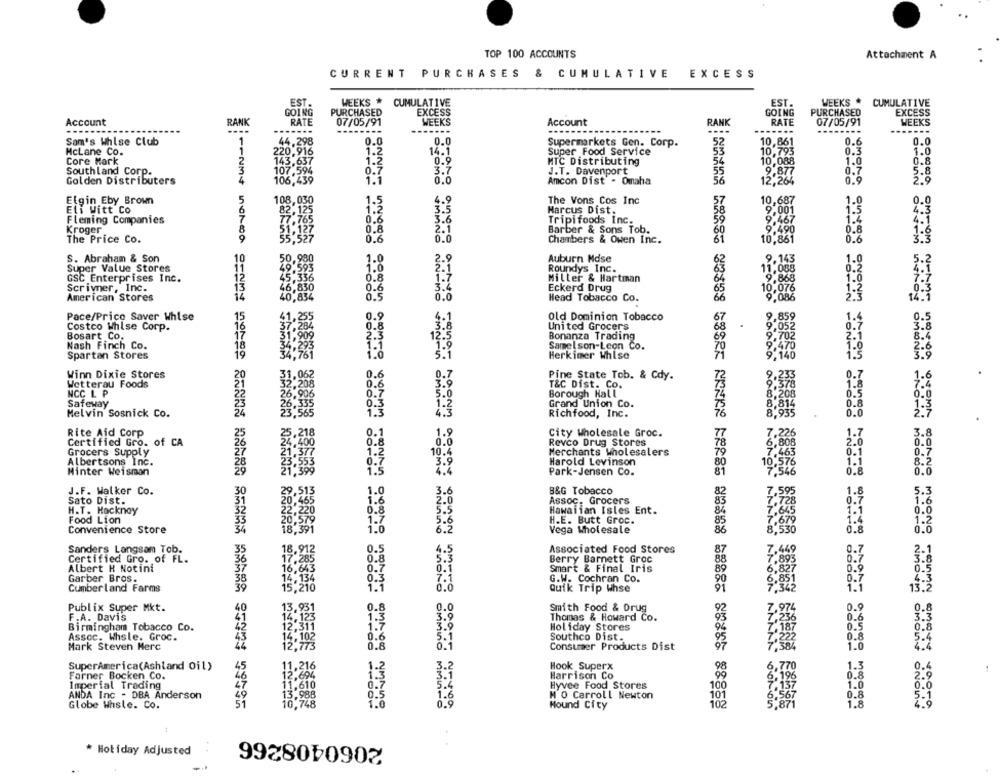
TOP 100 ACCOUNTS
Attachment A
CURRENT PURCHASES & CUMULATIVE EXCESS
EST.
WEEKS *
CUMULATIVE
EST.
WEEKS*
CUMULATIVE
GOING
PURCHASED
EXCESS
GOING
PURCHASED
EXCESS
Account
RANK
RATE
07/05/91
WEEKS
Account
RANK
RATE
07/05/91
WEEKS
----
44.298
0.0
0.0
Sam's Whlse Club
Supermarkets Gen. Corp.
52
10,861
0.6
0.0
HcLane Co.
220,916
1.2
14.1
Super Food Service
10,793
0.3
1.0
Core Mark
143,637
1.2
0.9
MTC Distributing
10,088
1.0
0.8
Southland Corp.
107,594
0.7
3.7
J.T. Davenport
9.877
0.7
Golden Distributers
1.1
INNNP
0.0
Amcon Dist - Omaha
0.9
2.9
5.8
106,439
56
12,264
Elgin Eby Brown
108,030
4.9
The Vons Cos Inc
10,687
1.0
Eli Witt Co
3.5
Marcus Dist.
9,001
0.0
Fleming Companies
3.6
Tripifoods Inc.
9,467
Kroger
Barber & Sons Tob.
9.490
0.8
The Price Co.
Chambers & Owen Inc.
10,861
0.6
S. Abraham & Son
50,980
3.9
Auburn Mdse
9.143
1-0
Super Value Stores
Roundys Inc.
GSC Enterprises Inc.
1.7
Miller & Hartman
Scrivner, Inc.
3.4
Eckerd Drug
American Stores
29499
0.0
Head Tobacco Co.
66
Pace/Prico Saver Whise
Old Dominion Tobacco
Costco Whlse Corp.
United Grocers
Bosart Co.
Bonanza Trading
Nash Finch Co.
MMM
Samelson-Leon Co.
Spartan Stores
Herkimer Whlse
Winn Dixie Stores
Pine State Tob. & Cdy.
Wetterau Foods
T&C Dist. Co.
NCC L P
Borough Hall
Safeway
Grand Union Co.
Melvin Sosnick Co.
Richfood, Inc.
Rite Aid Corp
City Wholesale Groc.
Certified Gro. of CA
Revco Drug Stores
Grocers Supply
Merchants Wholesalers
Albertsons Inc.
Harold Levinson
80
Hinter Weisman
Park-Jensen Co.
B&G Tobacco
J.F. Walker Co.
82
Sato Dist.
Assoc. Grocers
H.T. Hackney
Hawaiian Isles Ent.
Food Lion
H.E. Butt Groc.
Convenience Store
-ogms mainino
Vega Wholesale
Sanders Langsam Tob.
Associated Food Stores
87
Certified Gro. of FL.
Berry Barnett Groc
Albert H Notint
Smart & Final Iris
88
Garber Bros.
G.W. Cochran Co.
90
Cumberland Farms
Quik Trip Whse
91
MOONO TOMMY
0.0
Publix Super Mkt.
Smith Food & Drug
F.A. Davis
3.9
Thomas & Howard Co.
Birmingham Tobacco Co.
3.0
Holiday Stores
Assoc. Whsle. Groc.
5.1
Southco Dist.
Mark Steven Merc
0.1
Consumer Products Dist
SuperAmerica(Ashland Oil)
3.2
Hook Superx
98
Farner Bocken Co.
3.1
Harrison Co
99
Imperial Trading
Hyvee Food Stores
00
ANDA Inc - DBA Anderson
.6
M O Carroll Newton
101
Globe Whsle. Co.
11234 56789 1012314 151619 20212224 152072829 1031235 337330 404254 54 7957
Hound City
102
sonoin
simon amount oNoins
2060408266
Holiday Adjusted